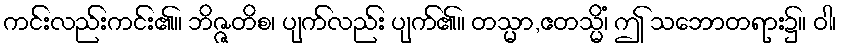
ကင်းလည်းကင်း၏။ ဘိဇ္ဇတိစ၊ ပျက်လည်း ပျက်၏။ တသ္မာ,ဧတသ္မိံ၊ ဤ သဘောတရား၌။ ဝါ၊